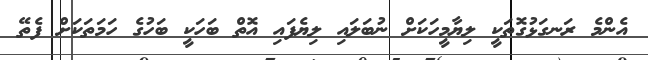
އެންމެ ރަނގަޅުގޮތަކީ ލިޔާމީހަކަށް ނުބަލައި ލިޔެފައި އޮތް ބަހަކީ ބަހުގެ ހަމަތަކަށް ފެތޭ